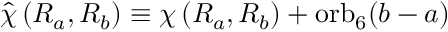
\widehat { \chi } \left( R _ { a } , R _ { b } \right) \equiv \chi \left( R _ { a } , R _ { b } \right) + \mathrm { o r b } _ { 6 } ( b - a )